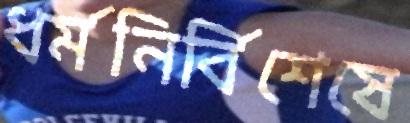
ধর্মনির্বিশেষে